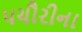
પચૌરીના